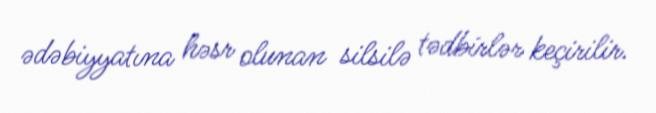
ədəbiyyatına həsr olunan silsilə tədbirlər keçirilir.